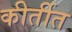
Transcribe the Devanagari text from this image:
कीर्तीत